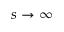
s \rightarrow \infty